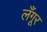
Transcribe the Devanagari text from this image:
लँगूर